Vaccination in Bombay 1889-1901 - 1889-1901
Year: 1889
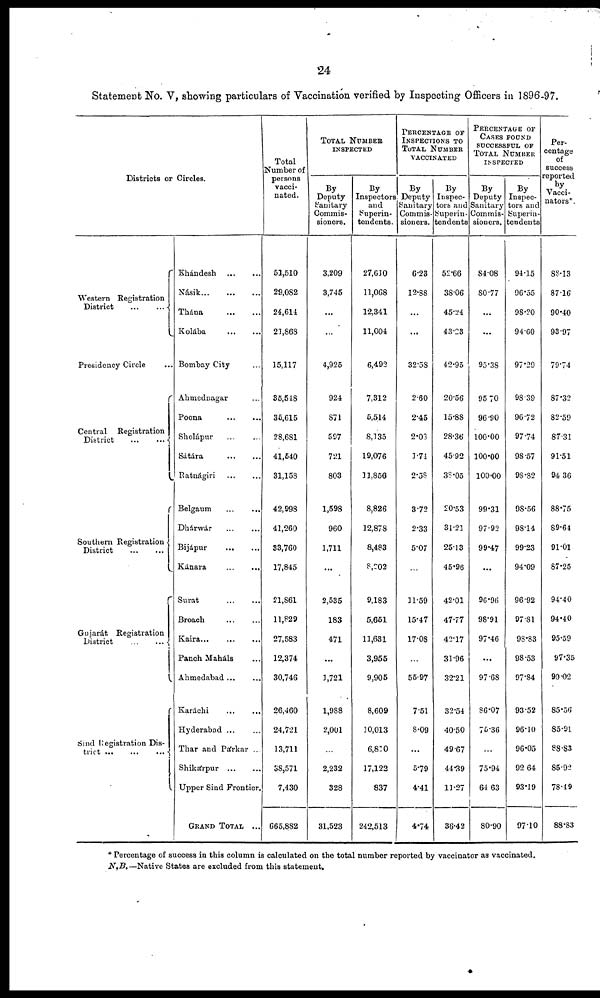
24
Statement No. V, showing particulars of Vaccination verified by Inspecting Officers in 1896-97.
Districts or Circles.
Western Registration
District
...
...
Presidency Circle ...
Central Registration
District
...
...
Southern Registration
District
...
...
Gujarát Registration
District
...
...
Sind Registration Dis-
trict
...
...
...
Khándesh
...
...
Násik...
...
...
Thána
...
...
Kolába...
...
Bombay City ...
Ahmednagar ...
Poona
...
...
Sholápur ... ...
Sátára
...
...
Ratnágiri
...
...
Belgaum
...
...
Dhárwár
...
...
Bijápur
...
...
Kánara
...
...
Surat
...
...
Broach
...
...
Kaira...
...
...
Panch Maháls ...
Ahmedabad...
...
Karáchi
...
...
Hyderabad ... ...
Thar and Párkar ...
Shikárpur
...
...
Upper Sind Frontier.
GRAND TOTAL ...
Total
Number of
persons
vacci-
nated.
51,510
29,082
24,614
21,868
15,117
35,548
35,615
28,681
41,540
31,158
42,998
41,260
33,760
17,845
21,861
11,829
27,583
12,374
30,746
26,460
24,721
13,711
38,571
7,430
665,882
TOTAL NUMBER
INSPECTED
By
Deputy
Sanitary
Commis-
sioners.
3,209
3,745
...
...
4,925
924
871
597
721
803
1,598
960
1,711
...
2,535
183
471
...
1,721
1,988
2,001
...
2,232
328
31,523
By
Inspectors
and
Superin-
tendents.
27,610
11,068
12,341
11,004
6,492
7,312
5,514
8,135
19,076
11,856
8,826
12,878
8,483
8,202
9,183
5,651
11,631
3,955
9,905
8,609
10,013
6,810
17,122
837
242,513
PERCENTAGE OF
INSPECTIONS TO
TOTAL NUMBER
VACCINATED
By
Deputy
Sanitary
Commis-
sioners.
6.23
12.88
...
...
32.58
2.60
2.45
2.03
1.74
2.58
3.72
2.33
5.07
...
11.59
15.47
17.08
...
55.97
7.51
8.09
...
5.79
4.41
4.74
By
Inspec-
tors and
Superin-
tendents
52.66
38.06
45.24
43.23
42.95
20.56
15.88
28.36
45.92
38.05
20.53
31.21
25.13
45.96
42.01
47.77
42.17
31.96
32.21
32.54
40.50
49.67
44.39
11.27
36.42
PERCENTAGE OF
CASES FOUND
SUCCESSFUL OF
TOTAL NUMBER
INSPECTED
By
Deputy
Sanitary
Commis-
sioners.
84.08
80.77
...
...
95.38
95.70
96.90
100.00
100.00
100.00
99.31
97.92
99.47
...
96.96
98.91
97.46
...
97.68
86.07
75.36
...
75.94
64.63
80.90
By
Inspec-
tors and
Superin-
tendents
94.15
96.55
98.20
94.60
97.29
98.39
96.72
97.74
98.57
98.82
98.56
98.14
99.23
94.09
96.92
97.81
98.83
98.53
97.84
93.52
96.10
96.05
92.64
93.19
97.10
Per-
centage
of
success
reported
by
Vacci¬
nators*
88.13
87.16
90.40
93.97
79.74
87.32
82.59
87.31
91.51
94.36
88.75
89.64
91.01
87.25
94.40
94.40
95.59
97.35
90.02
85.56
85.91
88.83
85.92
78.49
88.83
* Percentage of success in this column is calculated on the total number reported by vaccinator as vaccinated.
N.B.—Native States are excluded from this statement.